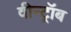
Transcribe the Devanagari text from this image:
वीन्ट्रॉब